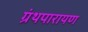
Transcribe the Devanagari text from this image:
ग्रंथपारायण